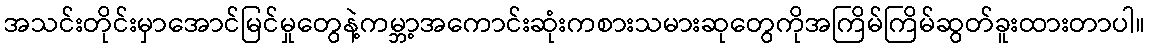
အသင်းတိုင်းမှာအောင်မြင်မှုတွေနဲ့ကမ္ဘာ့အကောင်းဆုံးကစားသမားဆုတွေကိုအကြိမ်ကြိမ်ဆွတ်ခူးထားတာပါ။